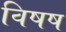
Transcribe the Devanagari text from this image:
विषष